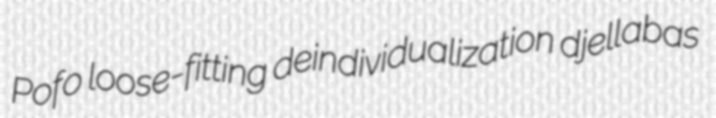
Pofo loose-fitting deindividualization djellabas